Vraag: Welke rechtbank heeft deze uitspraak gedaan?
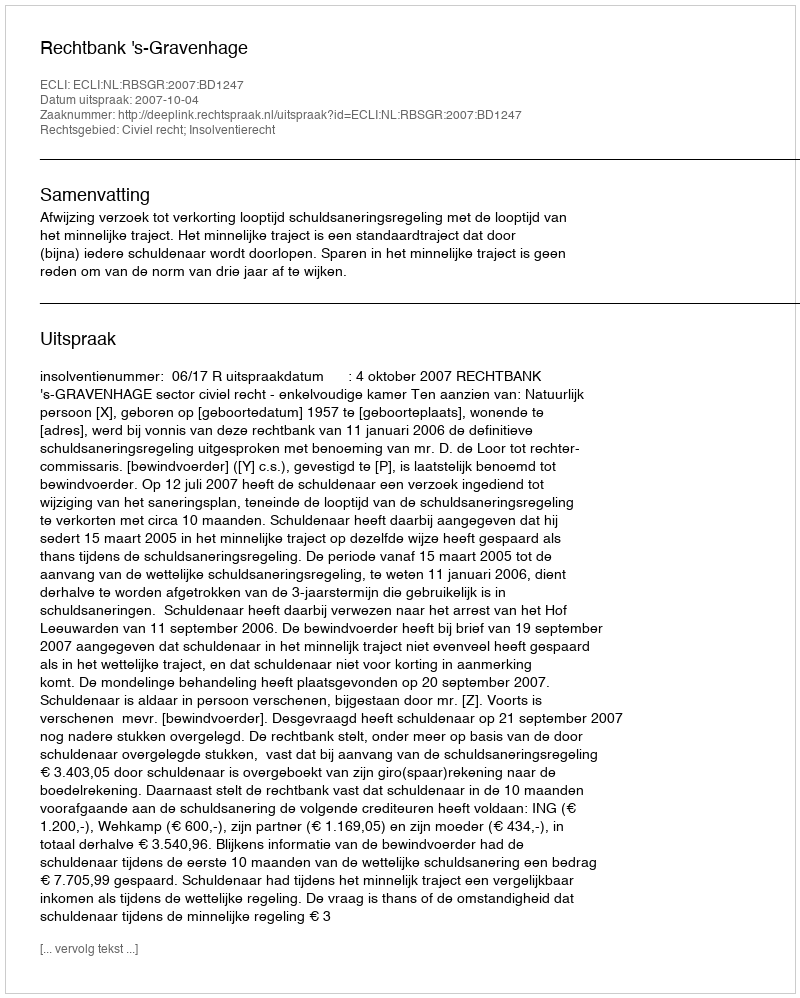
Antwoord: Rechtbank 's-Gravenhage